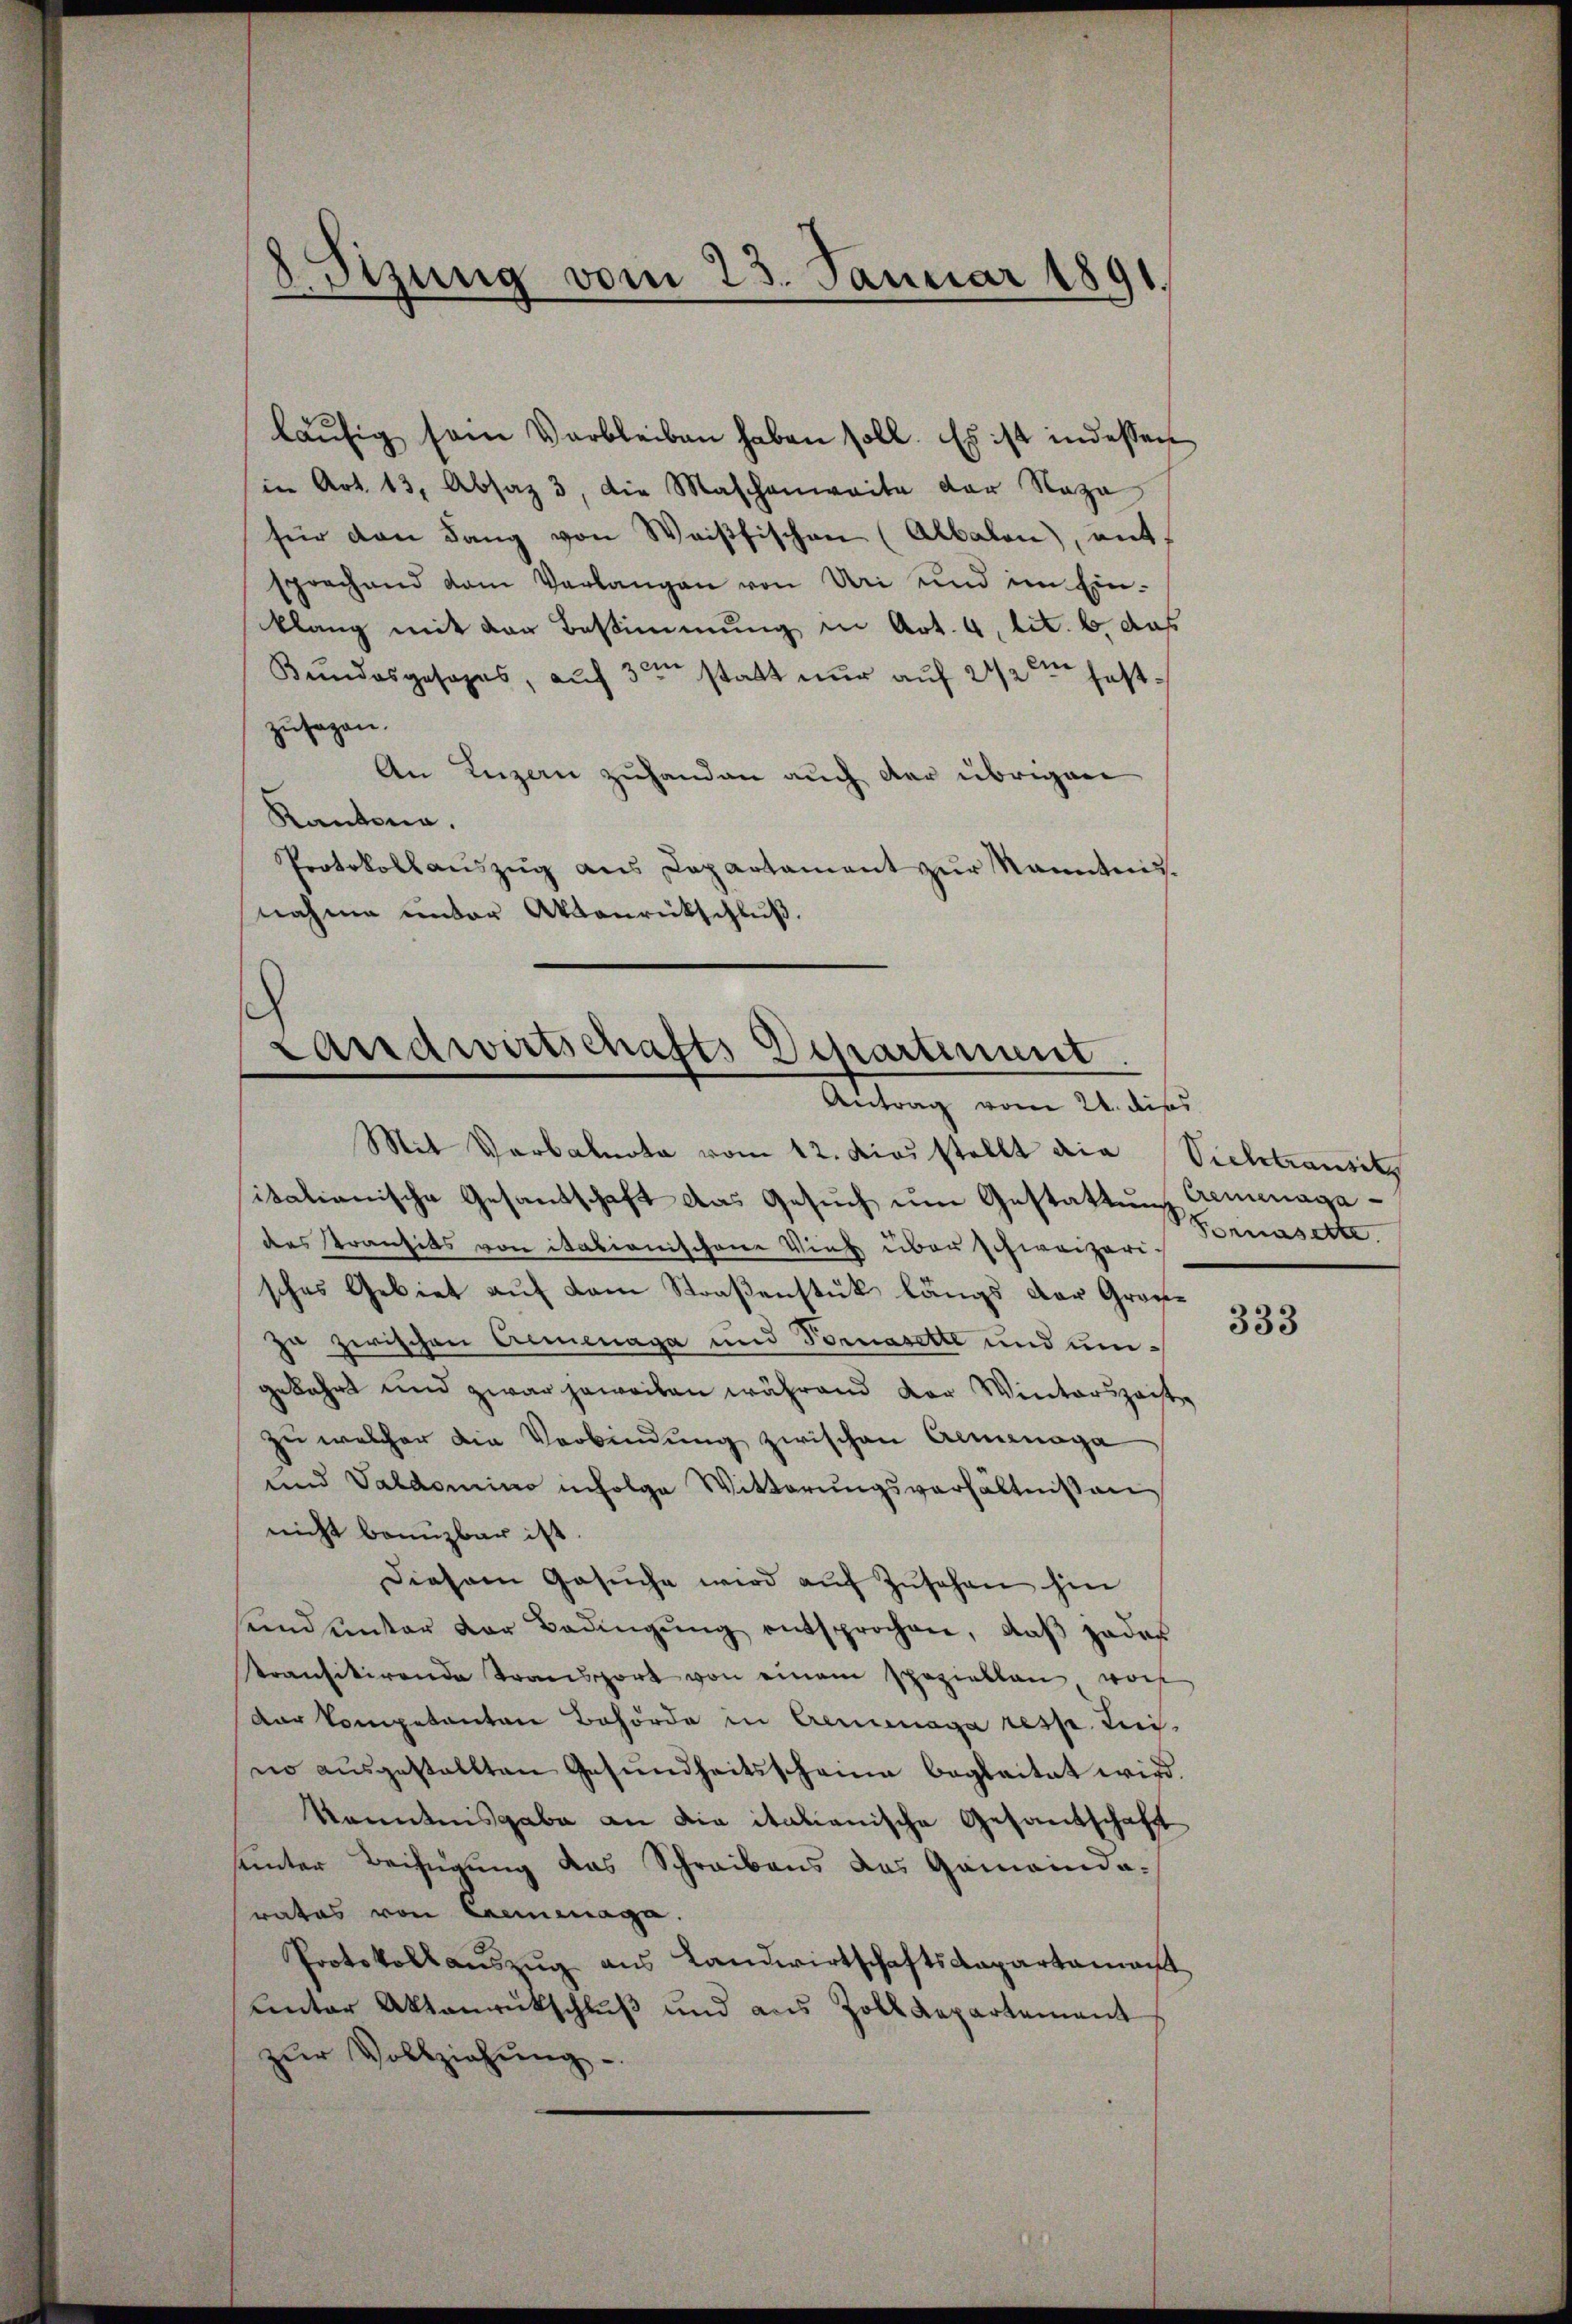
8. Sizung vom 23. Januar 1891.

läŭfig sein Verbleiben haben soll. Es ist indessen
in Art. 13, Absaz 3 die Maschenweite der Naza
für den Lang von Weisfischen (Albalen), ent-
sprechend dem Verlangen von Uri und im Ein-
klang mit der Bestimmung in Art. 4, lit. b, daß
Bundesgesages, auf 30 statt nur auf 2 1/2 festzusagen.
An Luzern zuhanden auch der übrigen
Kantona
Protokollauszug aus Dapartament zur kanntnis.
nahme unter Aktenrückschluß.

s
Landwirtschafts Departement.
Antrag vom 21. dies

Mit Verbalnote vom 12. dies stellt die Viehtransitz
itationische Gesandschaft das Gesuch um Gestattung Cremenagades Kranzits von itationischen Vieh über schweizerisches Gebiet auf dem Straßenstük längs der Große
je zwischen Armenaga und Tomasette und umgekehrt und zwar jeweiben während der Winterszeit
zu welcher die Verbindung zwischen Aeminaga
und Valdomino infolge Witterungsverhältnissen
nicht benuzbar ist.
Diesem Gesŭche wird aŭf Zŭsehen hin
send ŭnter der Bedingŭng entsprochen, daβ jeder
ransitirende Transport von einem speziellen von
der Competenten Behörde in Cremenaga resp. Lei-
no aŭsgestellten Gesŭndheitsscheine beglaitat wird.
Kenntnisgabe an die italienische Gesandschaft
unter Beifügung das Schreibens das Gemeindarates von Cremenaga.
Protokoll aŭszŭg aŭs Landwirtschaftskapartamant
unter Aktenrückschluß und aus Zoll Repartement
zŭr Vollziehŭng

Pomasette.

333